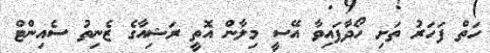
ހަތް ފަހަރު ތަށި ހޯދާފައިވާ އޭސީ މިލާން އޮތީ ރަޝިއާގެ ޒެނިތު ސެއިންޓް